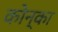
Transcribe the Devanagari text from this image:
कोन्का